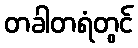
တခါတရံတွင်